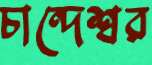
চান্দেশ্বর